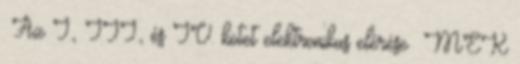
→Az I., III., és IV. kötet elektronikus eléréseː MEK